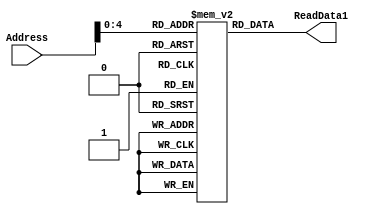
module Instruction_Memory(Address, ReadData1);
parameter BITSIZE = 32;
parameter REGSIZE = 32;
input [REGSIZE-1:0] Address;
output reg [BITSIZE-1:0] ReadData1;

reg [BITSIZE-1:0] memory_file [0:REGSIZE-1];	// Entire list of memory

// Asyncronous read of memory. Was not specified.
always @(Address, memory_file[Address])
begin
	ReadData1 = memory_file[Address];
end

//filling the instruction memory 
initial
	begin
		memory_file[1] = 32'b11110010100_0000000000000001_00010; //movk x2, 1
		memory_file[2] = 32'b11110010100_0000000000000111_00001; //moxk x1, 7
		memory_file[3] = 32'b10001011000_00001_000000_00010_00010; //add x2, x2, x1
        memory_file[4] = 32'b10001010000_00010_000000_00001_00011; //and x3, x1, x2
        memory_file[5] = 32'b10001011000_00010_000000_00001_00100; //add x4, x1, x2
        memory_file[6] = 32'b10101010000_00010_000000_00001_00101; //orr x5, x1, x2
		memory_file[7] = 32'b11001011000_00010_000000_00001_00110; //sub x6, x1, x2
        memory_file[8] = 32'b11111000000_00000000011_00010_00001; //stur x1, [x2, 3]
        memory_file[9] = 32'b11111000010_00000000011_00010_00111; //ldur x7, [x2, 3]
        memory_file[10] = 32'b00010100000_0000000000000000001010; //b 10
        memory_file[20] = 32'b10001011000_00010_000000_00001_01000; //add x8, x1, x2
        memory_file[21] = 32'b10110100000_000000000000111_00001; //cbz x1, 5
        memory_file[22] = 32'b10110100000_000000000000111_11111; //cbz x31, 5
        memory_file[27] = 32'b10001011000_00010_000000_00001_01001; //add x9, x1, x2        
	end

endmodule